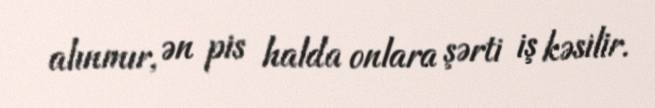
alınmır, ən pis halda onlara şərti iş kəsilir.